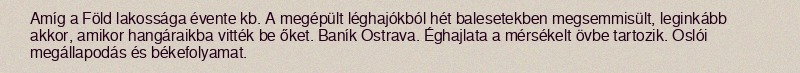
Amíg a Föld lakossága évente kb. A megépült léghajókból hét balesetekben megsemmisült, leginkább akkor, amikor hangáraikba vitték be őket. Baník Ostrava. Éghajlata a mérsékelt övbe tartozik. Oslói megállapodás és békefolyamat.